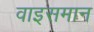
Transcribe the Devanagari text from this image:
वाइसमान